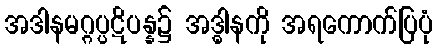
အဒါနမဂ္ဂပ္ပဋိပန္န၌ အဒ္ဓါနကို အရကောက်ပြပုံ